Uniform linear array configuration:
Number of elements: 32
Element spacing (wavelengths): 0.5
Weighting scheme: hamming
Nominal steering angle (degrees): -45
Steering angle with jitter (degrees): -43.701
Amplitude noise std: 0.05
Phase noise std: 0.05

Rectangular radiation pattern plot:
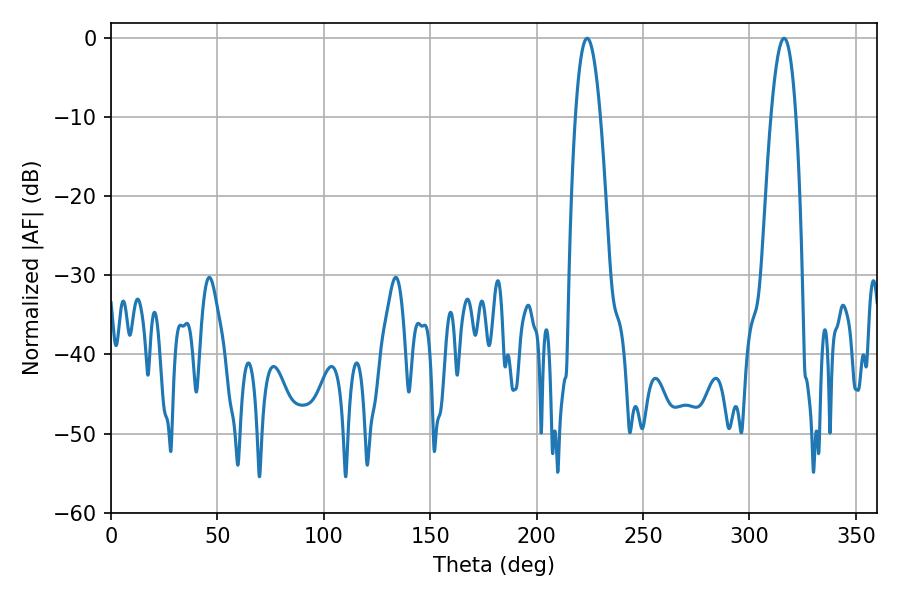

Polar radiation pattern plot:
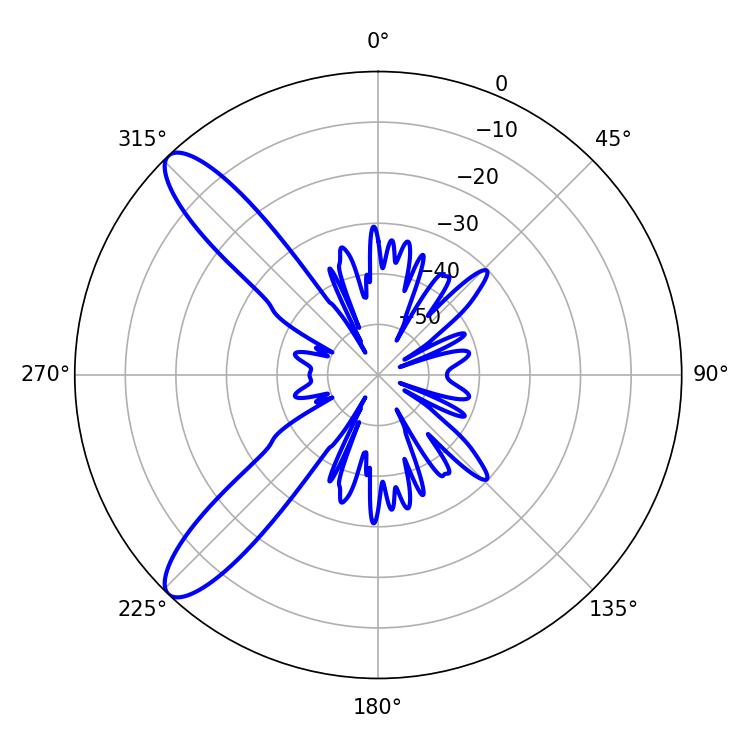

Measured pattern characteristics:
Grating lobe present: FALSE
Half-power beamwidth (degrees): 6.3
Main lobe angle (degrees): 223.74